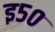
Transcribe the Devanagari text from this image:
इ५०